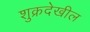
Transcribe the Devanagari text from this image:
शुक्रदेखील